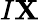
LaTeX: I\mathbf{X}